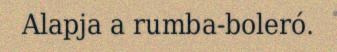
Alapja a rumba-boleró.